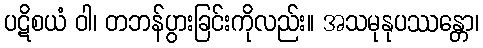
ပဋိစယံ ဝါ၊ တဘန်ပွားခြင်းကိုလည်း။ အသမုနုပဿန္တော၊